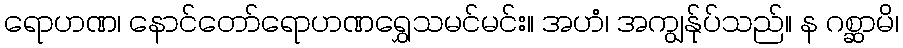
ရောဟဏ၊ နောင်တော်ရောဟဏရွှေသမင်မင်း။ အဟံ၊ အကျွန်ုပ်သည်။ န ဂစ္ဆာမိ၊